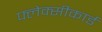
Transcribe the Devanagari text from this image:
फ्लेक्सीकार्ड